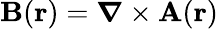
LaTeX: \mathbf{B}(\mathbf{r})={\boldsymbol{\nabla}}\times\mathbf{A}(\mathbf{r})